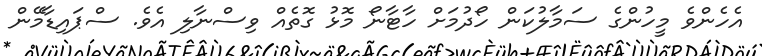
އެހެންވެ މީހުންގެ ސަމާލުކަން ހޯދުމަށް ހާޓާނޯ މޮޅު ގޮތެއް ވިސްނާލި އެވެ. ސްޕައިޑާމޭން